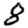
Digit: 8